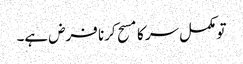
تو مکمل سر کا مسح کرنا فرض ہے۔